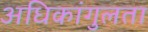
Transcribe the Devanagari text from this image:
अधिकांगुलता